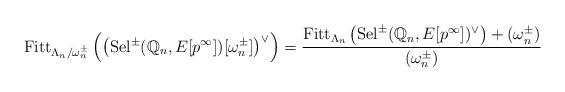
LaTeX: \begin{align*}\mathrm{Fitt}_{\Lambda_n / \omega^{\pm}_n} \left( \left( \mathrm{Sel}^{\pm}(\mathbb{Q}_n, E[p^\infty])[\omega^{\pm}_n] \right)^\vee \right) & = \dfrac{ \mathrm{Fitt}_{\Lambda_n} \left( \mathrm{Sel}^{\pm}(\mathbb{Q}_n, E[p^\infty])^\vee \right) + (\omega^{\pm}_n) }{ (\omega^{\pm}_n) }\end{align*}